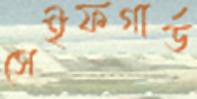
সেইফগার্ড